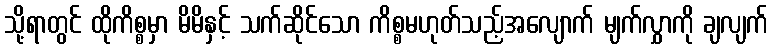
သို့ရာတွင် ထိုကိစ္စမှာ မိမိနှင့် သက်ဆိုင်သော ကိစ္စမဟုတ်သည့်အလျောက် မျက်လွှာကို ချလျက်